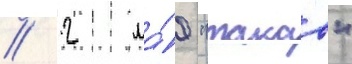
// 2 ма́я "такао"